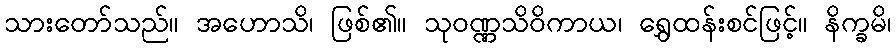
သားတော်သည်။ အဟောသိ၊ ဖြစ်၏။ သုဝဏ္ဏသိဝိကာယ၊ ရွှေထန်းစင်ဖြင့်။ နိက္ခမိ၊